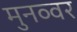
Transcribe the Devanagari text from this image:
मुनव्‍वर